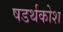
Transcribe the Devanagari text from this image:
षडर्थकोश